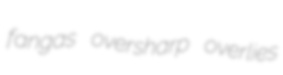
fangas oversharp overlies